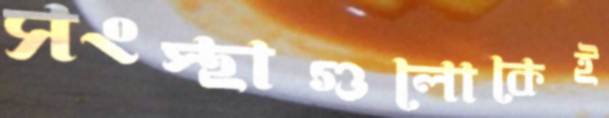
সংস্থাগুলোকেই